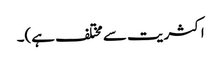
اکثریت سے مختلف ہے)۔